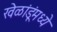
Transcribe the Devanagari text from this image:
खेळांडूंमध्ये